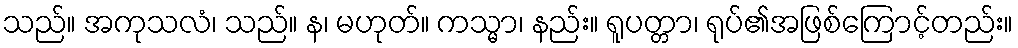
သည်။ အကုသလံ၊ သည်။ န၊ မဟုတ်။ ကသ္မာ၊ နည်း။ ရူပတ္တာ၊ ရုပ်၏အဖြစ်ကြောင့်တည်း။